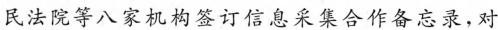
民法院等八家机构签订信息采集合作备忘录，对